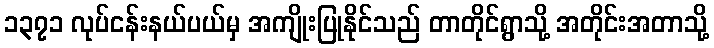
၁၃၇၁ လုပ်ငန်းနယ်ပယ်မှ အကျိုးပြုနိုင်သည် တာတိုင်ရွာသို့ အတိုင်းအတာသို့